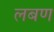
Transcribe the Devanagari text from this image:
लबण